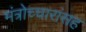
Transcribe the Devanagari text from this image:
मंत्रोच्चारांसह